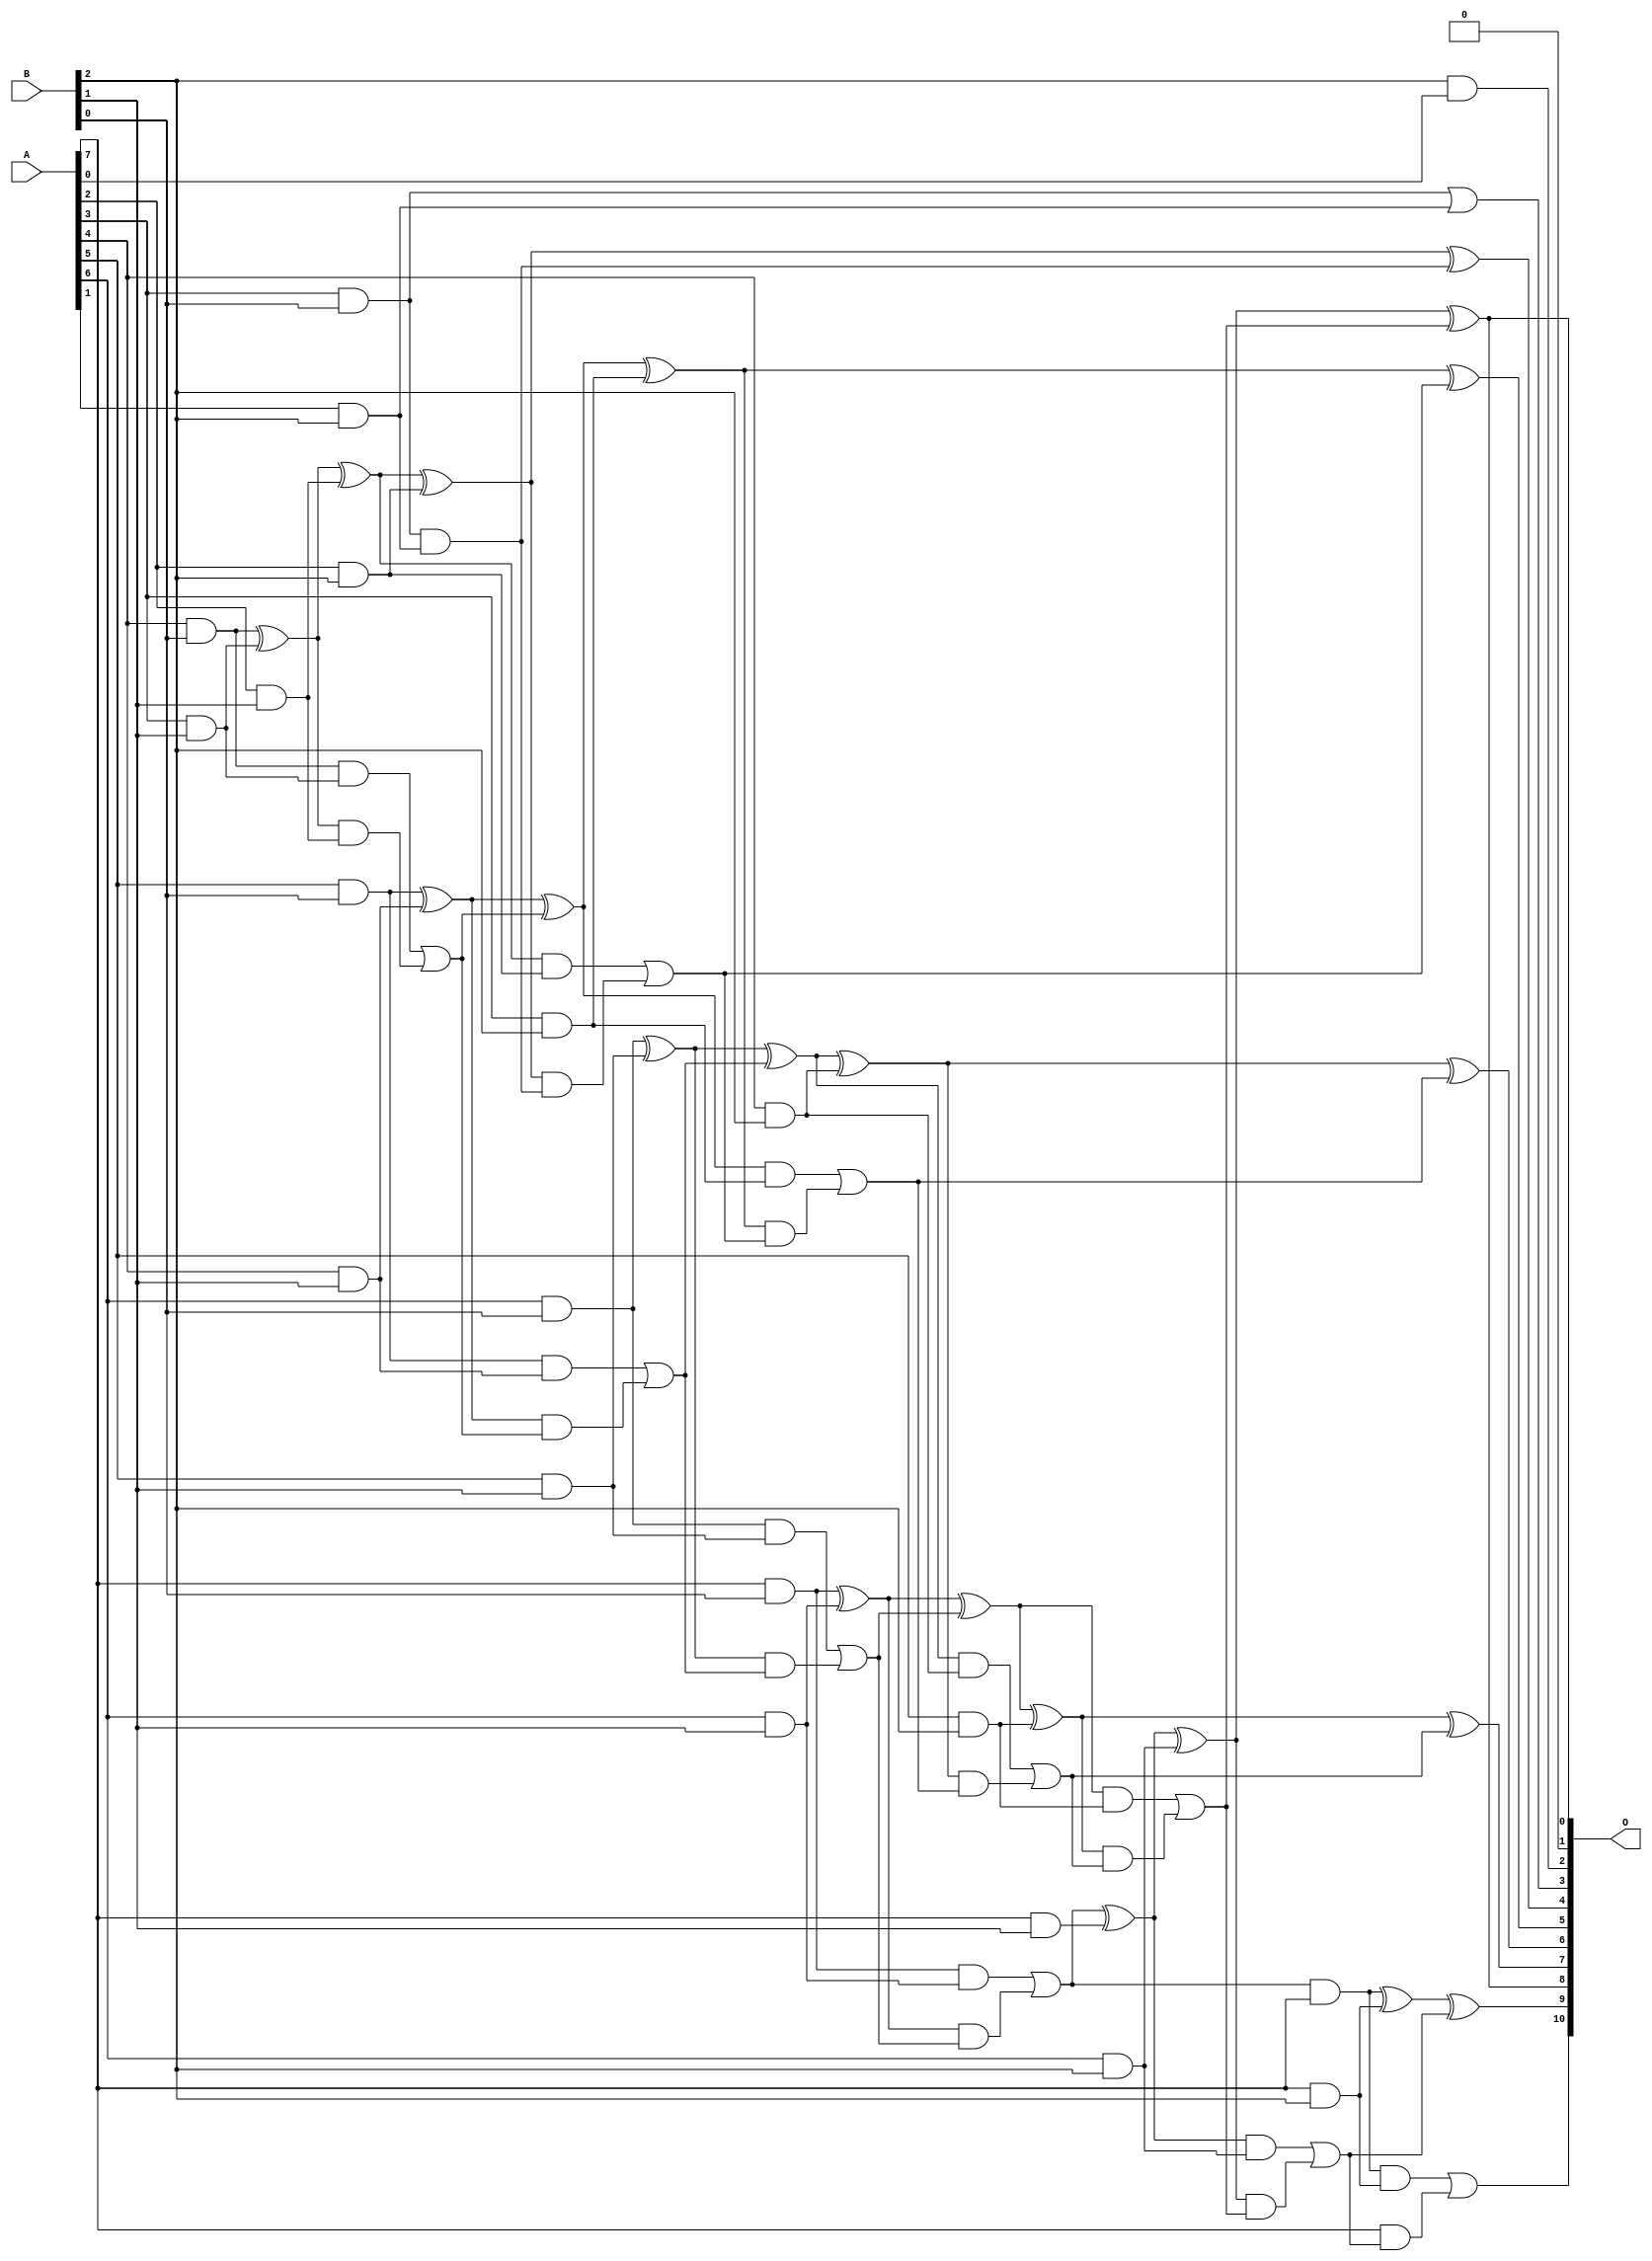
// This program was cloned from: https://github.com/ehw-fit/evoapproxlib
// License: MIT License

/***
* This code is a part of EvoApproxLib library (ehw.fit.vutbr.cz/approxlib) distributed under The MIT License.
* When used, please cite the following article(s): V. Mrazek, L. Sekanina, Z. Vasicek "Libraries of Approximate Circuits: Automated Design and Application in CNN Accelerators" IEEE Journal on Emerging and Selected Topics in Circuits and Systems, Vol 10, No 4, 2020 
* This file contains a circuit from a sub-set of pareto optimal circuits with respect to the pwr and mse parameters
***/
// MAE% = 0.14 %
// MAE = 2.8 
// WCE% = 0.44 %
// WCE = 9.0 
// WCRE% = 100.00 %
// EP% = 74.37 %
// MRE% = 2.79 %
// MSE = 14 
// PDK45_PWR = 0.059 mW
// PDK45_AREA = 158.6 um2
// PDK45_DELAY = 0.71 ns

module mul8x3u_1FL (
    A,
    B,
    O
);

input [7:0] A;
input [2:0] B;
output [10:0] O;

wire sig_11,sig_12,sig_14,sig_15,sig_16,sig_17,sig_18,sig_22,sig_23,sig_24,sig_25,sig_26,sig_29,sig_36,sig_39,sig_40,sig_41,sig_42,sig_43,sig_44;
wire sig_45,sig_46,sig_47,sig_48,sig_49,sig_51,sig_52,sig_53,sig_54,sig_56,sig_57,sig_58,sig_59,sig_60,sig_61,sig_63,sig_64,sig_65,sig_66,sig_67;
wire sig_68,sig_74,sig_75,sig_76,sig_77,sig_78,sig_79,sig_80,sig_81,sig_82,sig_83,sig_84,sig_85,sig_86,sig_87,sig_88,sig_89,sig_90,sig_91,sig_92;
wire sig_93,sig_94,sig_95,sig_96,sig_97,sig_98,sig_99,sig_100,sig_101,sig_102,sig_103,sig_104,sig_105;

assign sig_11 = B[2] & A[0];
assign sig_12 = A[2] & B[1];
assign sig_14 = A[3] & B[0];
assign sig_15 = A[4] & B[0];
assign sig_16 = A[5] & B[0];
assign sig_17 = A[6] & B[0];
assign sig_18 = A[7] & B[0];
assign sig_22 = A[3] & B[1];
assign sig_23 = A[4] & B[1];
assign sig_24 = A[5] & B[1];
assign sig_25 = A[6] & B[1];
assign sig_26 = A[7] & B[1];
assign sig_29 = sig_18 & sig_25;
assign sig_36 = sig_17 & sig_24;
assign sig_39 = sig_15 ^ sig_22;
assign sig_40 = sig_15 & sig_22;
assign sig_41 = sig_39 & sig_12;
assign sig_42 = sig_39 ^ sig_12;
assign sig_43 = sig_40 | sig_41;
assign sig_44 = sig_16 ^ sig_23;
assign sig_45 = sig_16 & sig_23;
assign sig_46 = sig_44 & sig_43;
assign sig_47 = sig_44 ^ sig_43;
assign sig_48 = sig_45 | sig_46;
assign sig_49 = sig_17 ^ sig_24;
assign sig_51 = sig_49 & sig_48;
assign sig_52 = sig_49 ^ sig_48;
assign sig_53 = sig_36 | sig_51;
assign sig_54 = sig_18 ^ sig_25;
assign sig_56 = sig_54 & sig_53;
assign sig_57 = sig_54 ^ sig_53;
assign sig_58 = sig_29 | sig_56;
assign sig_59 = sig_58 & A[7];
assign sig_60 = sig_58 ^ sig_26;
assign sig_61 = A[1] & B[2];
assign sig_63 = A[2] & B[2];
assign sig_64 = A[3] & B[2];
assign sig_65 = A[4] & B[2];
assign sig_66 = A[5] & B[2];
assign sig_67 = A[6] & B[2];
assign sig_68 = A[7] & B[2];
assign sig_74 = sig_14 | sig_61;
assign sig_75 = sig_14 & sig_61;
assign sig_76 = sig_42 ^ sig_63;
assign sig_77 = sig_42 & sig_63;
assign sig_78 = sig_76 & sig_75;
assign sig_79 = sig_76 ^ sig_75;
assign sig_80 = sig_77 | sig_78;
assign sig_81 = sig_47 ^ sig_64;
assign sig_82 = sig_47 & sig_64;
assign sig_83 = sig_81 & sig_80;
assign sig_84 = sig_81 ^ sig_80;
assign sig_85 = sig_82 | sig_83;
assign sig_86 = sig_52 ^ sig_65;
assign sig_87 = sig_52 & sig_65;
assign sig_88 = sig_86 & sig_85;
assign sig_89 = sig_86 ^ sig_85;
assign sig_90 = sig_87 | sig_88;
assign sig_91 = sig_57 ^ sig_66;
assign sig_92 = sig_57 & sig_66;
assign sig_93 = sig_91 & sig_90;
assign sig_94 = sig_91 ^ sig_90;
assign sig_95 = sig_92 | sig_93;
assign sig_96 = sig_60 ^ sig_67;
assign sig_97 = sig_60 & sig_67;
assign sig_98 = sig_96 & sig_95;
assign sig_99 = sig_96 ^ sig_95;
assign sig_100 = sig_97 | sig_98;
assign sig_101 = sig_59 ^ sig_68;
assign sig_102 = sig_59 & sig_68;
assign sig_103 = A[7] & sig_100;
assign sig_104 = sig_101 ^ sig_100;
assign sig_105 = sig_102 | sig_103;

assign O[10] = sig_105;
assign O[9] = sig_104;
assign O[8] = sig_99;
assign O[7] = sig_94;
assign O[6] = sig_89;
assign O[5] = sig_84;
assign O[4] = sig_79;
assign O[3] = sig_74;
assign O[2] = sig_11;
assign O[1] = 1'b0;
assign O[0] = sig_99;

endmodule